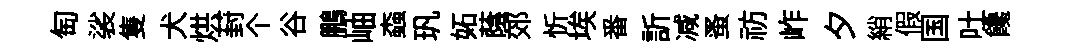
匋裟隻犬烘葑个谷鵬岫螙㺬妬蔭郊忻埃番訢减蚤祊岞夕綃假国吐饞